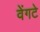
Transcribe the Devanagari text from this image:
वेंगटे